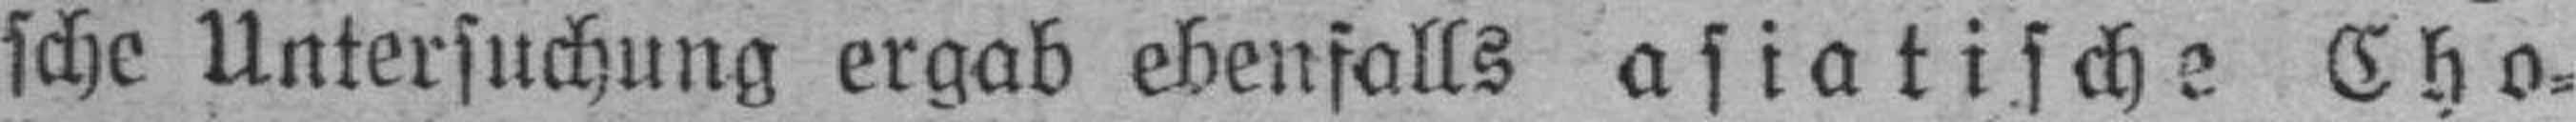
sche Untersuchung ergab ebenfalls asiatische Cho¬